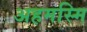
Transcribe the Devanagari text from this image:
अहमस्मि